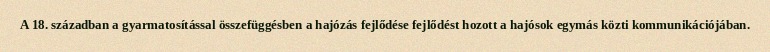
A 18. században a gyarmatosítással összefüggésben a hajózás fejlődése fejlődést hozott a hajósok egymás közti kommunikációjában.